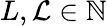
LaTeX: L,\mathcal{L}\in\mathbb{{N}}